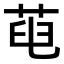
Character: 𦱉